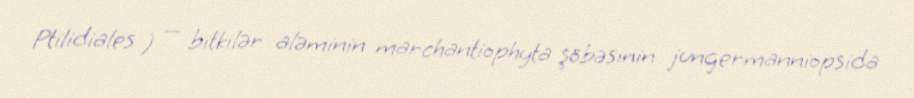
Ptilidiales ) — bitkilər aləminin marchantiophyta şöbəsinin jungermanniopsida